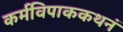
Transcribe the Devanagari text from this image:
कर्मविपाककथनं